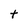
Character: t